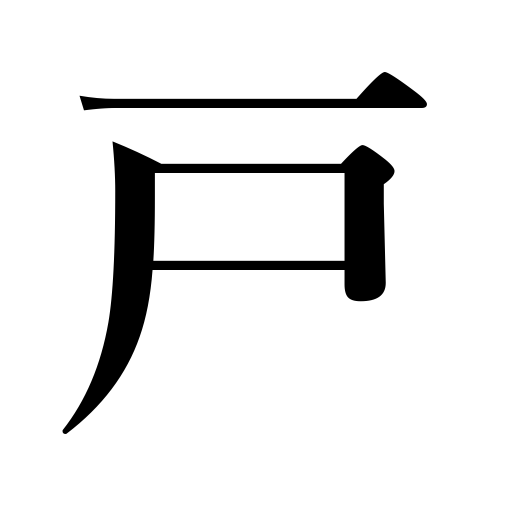
Meanings: house,door,counter for houses,family